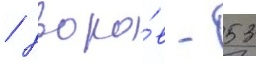
/ дворо́в - 53